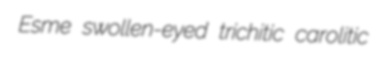
Esme swollen-eyed trichitic carolitic